Civil Veterinary Dept. Assam report 1927-50 - 1927-1950
Year: 1927
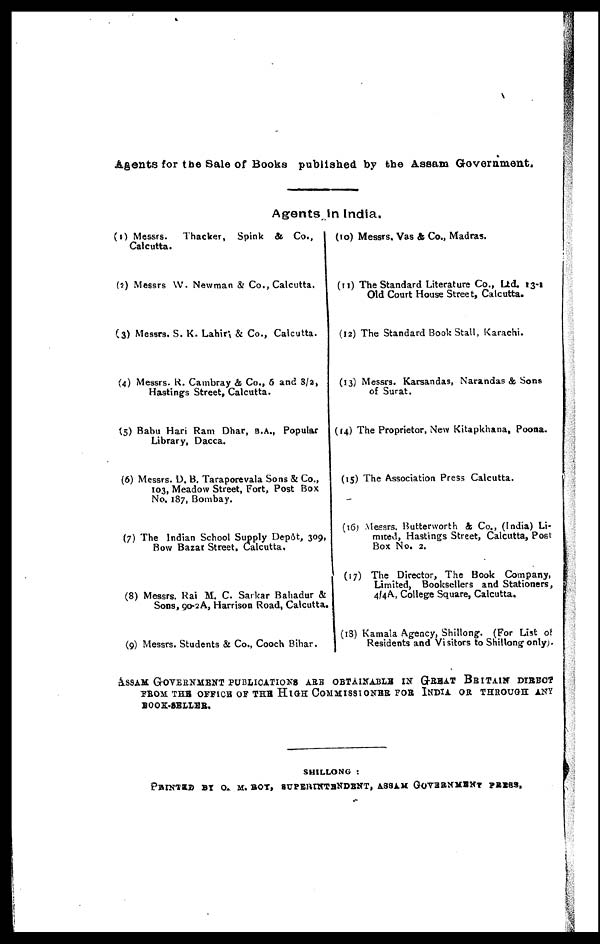
Agents for the Sale of Books published by the Assam Government.
Agents In India.
(1) Messrs.
Thacker, Spink & Co.,
Calcutta.
(2) Messrs W. Newman & Co., Calcutta.
(3) Messrs. S. K. Lahiri & Co., Calcutta.
(4) Messrs. R. Cambray & Co., 5 and 3/2,
Hastings Street, Calcutta.
(5) Babu Han Ram Dhar, B.A., Popular
Library, Dacca.
(6) Messrs. D. B. Taraporevala Sons & Co.,
103, Meadow Street, Fort, Post Box
No. 187, Bombay.
(7) The Indian School Supply Dep6t, 309,
Bow Bazar Street, Calcutta.
(8) Messrs. Rai M. C. Sarkar Bahadur &
Sons, 90-2A, Harrison Road, Calcutta.
(9) Messrs. Students & Co., Cooch Bihar.
(10) Messrs, Vas St Co., Madras.
(11) The Standard Literature Co., Ltd. 13-8
Old Court House Street, Calcutta.
(12) The Standard Book Stall, Karachi.
(13) Messrs. Karsandas, Narandas & Sons
of Surat.
(14) The Proprietor, New Kitapkhana, Poona.
(15) The Association Press Calcutta.
(16) Messrs. Butterworth & Co., (India) Li-
mted, Hastings Street, Calcutta, Post
Box No. 2.
(17) The Director, The Book Company,
Limited, Booksellers and Stationers,
4/4A, College Square, Calcutta.
(18) Kamala Agency, Shillong. (For List of
Residents and Visitors to Shillong only).
ASSAM GOVERNMENT PUBLICATION ARE OBTAINABLE IN GREAT BRITAIN DIRECT
FROM THE OFFICE OF THE HIGH COMMISSIONER FOR INDIA OR THROUGH ANY
BOOK-SELLER.
SHILLONG :
PRINTED BY O. M. ROY, SUPERINTENDENT, ASSAM GOVERNMENT PRESS.